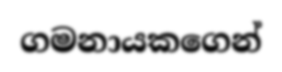
ගමනායකගෙන්